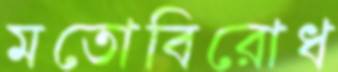
মতোবিরোধ